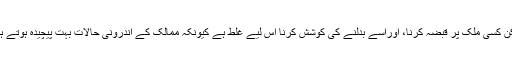
لیکن کسی ملک پر قبضہ کرنا، اوراسے بدلنے کی کوشش کرنا اس لیے غلط ہے کیونکہ ممالک کے اندرونی حالات بہت پیچیدہ ہوتے ہیں۔